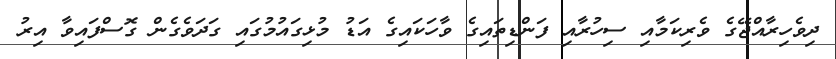
ދިވެހިރާއްޖޭގެ ވެރިކަމާއި ސިހުރާއި ފަންޑިތައިގެ ވާހަކައިގެ އަޑު މުޅިގައުމުގައި ގަދަވެގެން ގޮސްފައިވާ އިރު